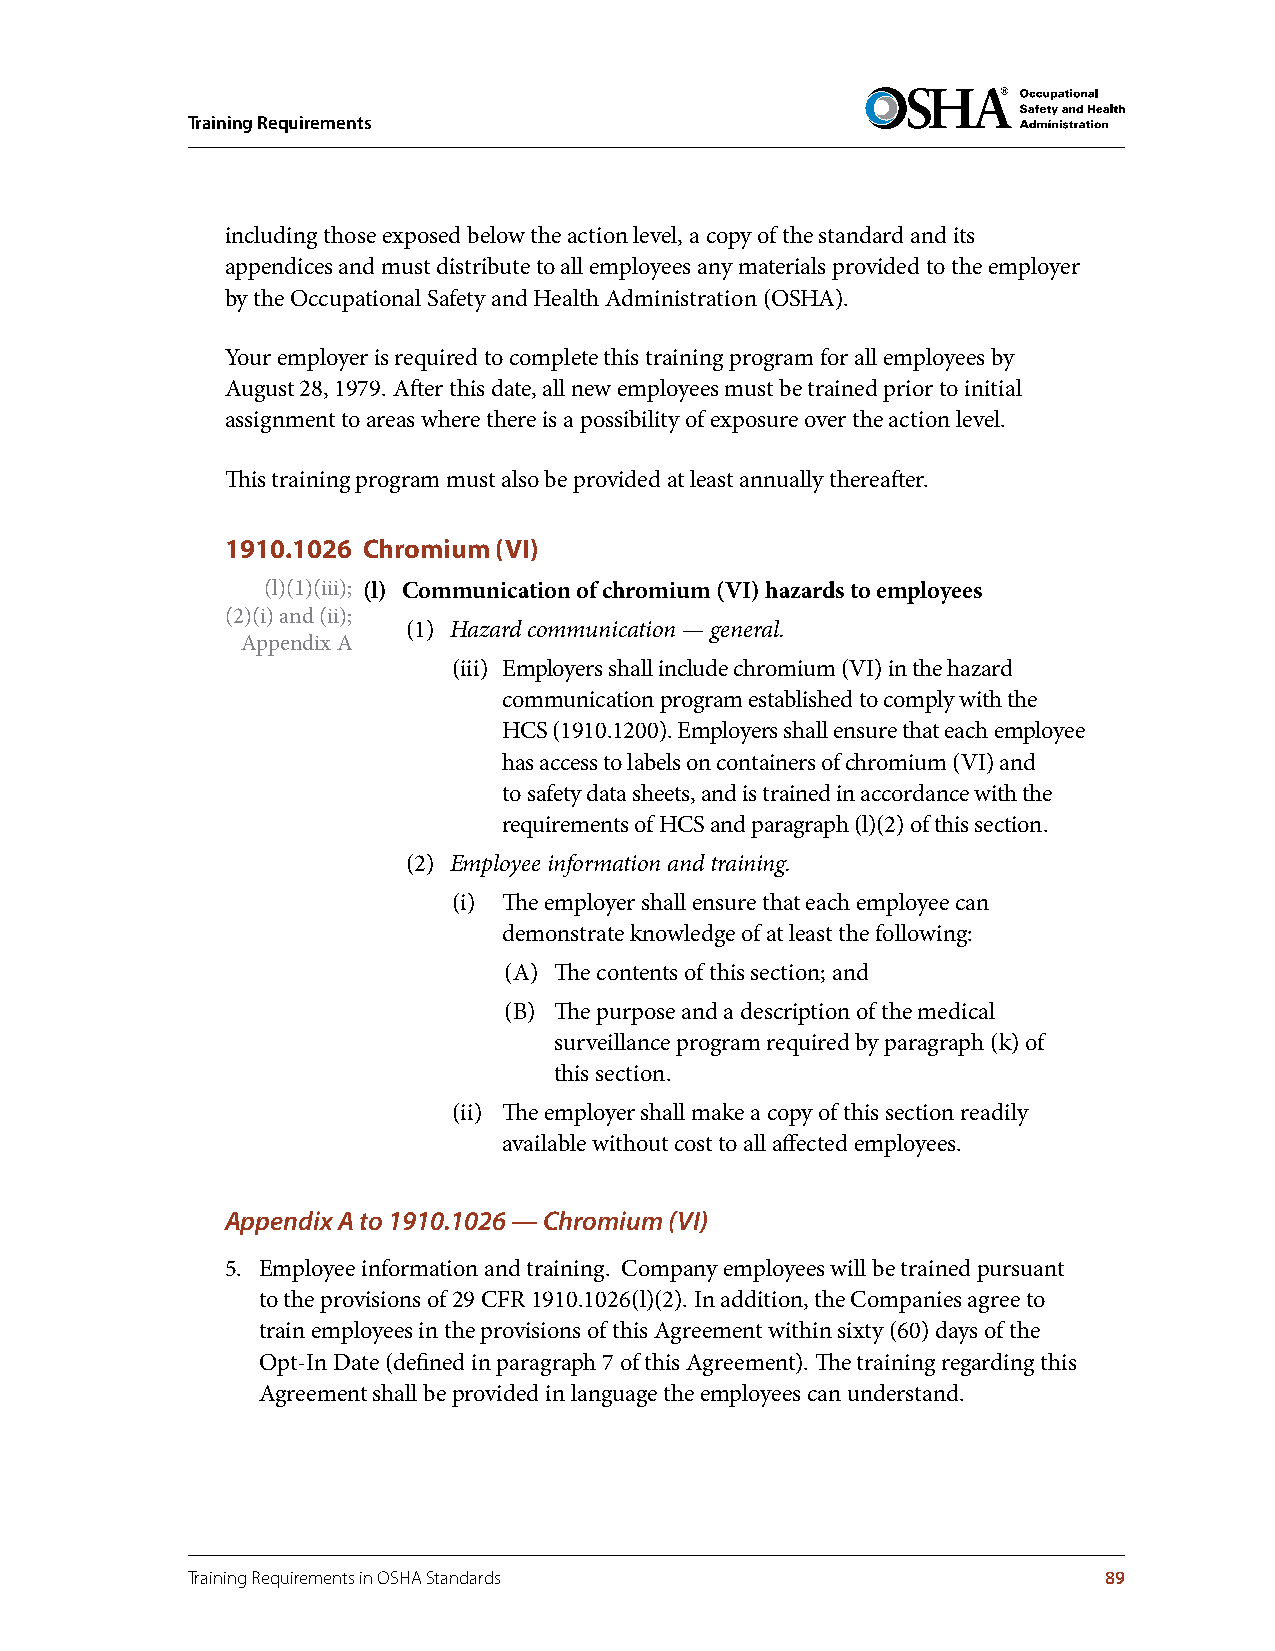
Training Requirements
 including those exposed below the action level, a copy of the standard and its
 appendices and must distribute to all employees any materials provided to the employer
 by the Occupational Safety and Health Administration (OSHA).
 Your employer is required to complete this training program for all employees by
 August 28, 1979. After this date, all new employees must be trained prior to initial
 assignment to areas where there is a possibility of exposure over the action level.
 This training program must also be provided at least annually thereafter.
 1910.1026 Chromium (VI)
 (l)(1)(iii); (l) Communication of chromium (VI) hazards to employees
 (2)(i) and (ii);
 (1) Hazard communication — general.
 Appendix A
 (iii) Employers shall include chromium (VI) in the hazard
 communication program established to comply with the
 HCS (1910.1200). Employers shall ensure that each employee
 has access to labels on containers of chromium (VI) and
 to safety data sheets, and is trained in accordance with the
 requirements of HCS and paragraph (l)(2) of this section.
 (2) Employee information and training.
 (i) The employer shall ensure that each employee can
 demonstrate knowledge of at least the following:
 (A) The contents of this section; and
 (B) The purpose and a description of the medical
 surveillance program required by paragraph (k) of
 this section.
 (ii) The employer shall make a copy of this section readily
 available without cost to all affected employees.
 Appendix A to 1910.1026 — Chromium (VI)
 5. Employee information and training. Company employees will be trained pursuant
 to the provisions of 29 CFR 1910.1026(l)(2). In addition, the Companies agree to
 train employees in the provisions of this Agreement within sixty (60) days of the
 Opt-In Date (defined in paragraph 7 of this Agreement). The training regarding this
 Agreement shall be provided in language the employees can understand.
 Training Requirements in OSHA Standards                      89